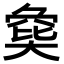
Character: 𡙟